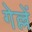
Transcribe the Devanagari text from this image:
गेल्लें